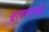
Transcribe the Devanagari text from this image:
बामणाच्या